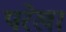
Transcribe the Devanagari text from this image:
परेखा